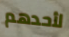
لأحدهم